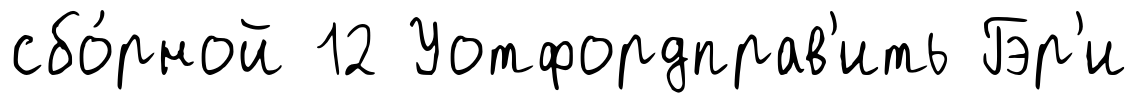
сбо́рной 12 Уотфордправ'ить Гэр'и